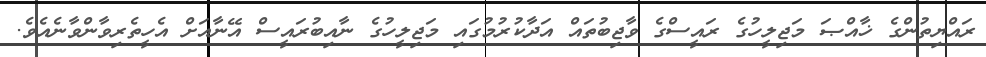
ރައްޔިތުންގެ ޚާއްޞަ މަޖިލީހުގެ ރައީސްގެ ވާޖިބުތައް އަދާކުރުމުގައި މަޖިލީހުގެ ނާއިބުރައީސް އޭނާއަށް އެހީތެރިވާންވާނެއެވެ.